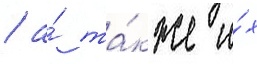
/ а́ та́кже и́х